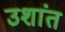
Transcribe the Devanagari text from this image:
उशांत